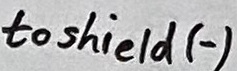
Text: to shield (-)